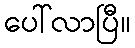
ပေါ်လာပြီ။